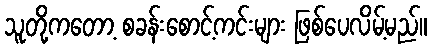
သူတို့ကတော့ စခန်းစောင့်ကင်းများ ဖြစ်ပေလိမ့်မည်။